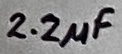
Text: 2.2µF